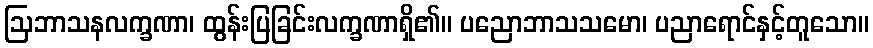
ဩဘာသနလက္ခဏာ၊ ထွန်းပြခြင်းလက္ခဏာရှိ၏။ ပညောဘာသသမော၊ ပညာရောင်နှင့်တူသော။